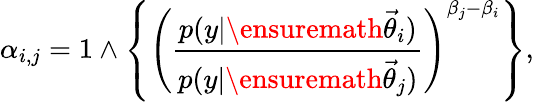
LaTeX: \alpha_{i,j}=1\wedge\left\{ \left(\frac{p(y|\ensuremath{\vec{\theta}}_{i})}{p(y|\ensuremath{\vec{\theta}}_{j})}\right)^{\beta_{j}-\beta_{i}}\right\} ,